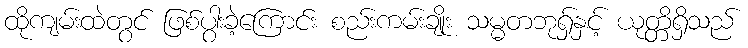
ထိုကျမ်းထဲတွင် ဖြစ်ပွါးခဲ့ကြောင်း စည်းကမ်းချိုး သမ္မတဘုရှ်နှင့် ယုတ္တိရှိသည်